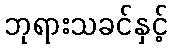
ဘုရားသခင်နှင့်